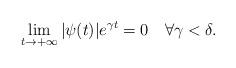
LaTeX: \begin{align*}\lim_{t\to+\infty}|\psi(t)|e^{\gamma t}=0 \quad \forall \gamma<\delta.\end{align*}